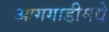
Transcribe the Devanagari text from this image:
आगगाडीमधे